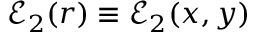
\mathcal { E } _ { 2 } ( r ) \equiv \mathcal { E } _ { 2 } ( x , y )